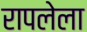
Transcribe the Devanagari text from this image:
रापलेला